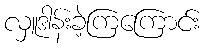
လှူဒါန်းခဲ့ကြကြောင်း